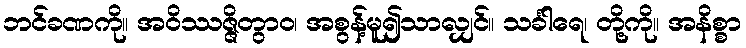
ဘင်ခဏကို။ အဝိဿဇ္ဇိတွာဝ၊ အစွန့်မူ၍သာလျှင်။ သင်္ခါရေ၊ တို့ကို။ အနိစ္စာ